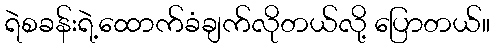
ရဲစခန်းရဲ့ထောက်ခံချက်လိုတယ်လို့ ပြောတယ်။